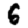
Digit: 6